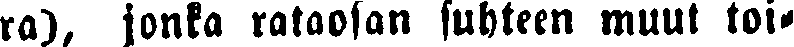
ra), jonka rataosan suhteen muut toi-